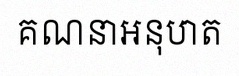
គណនាអនុបាត